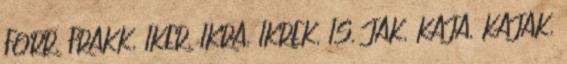
FORR, FRAKK, IKER, IKRA, IKREK, IS, JAK, KAJA, KAJAK,